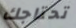
تحتاجك